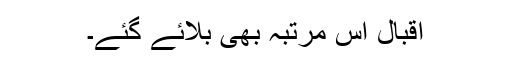
اقبال اس مرتبہ بھی بلائے گئے۔